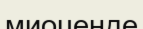
миоценде